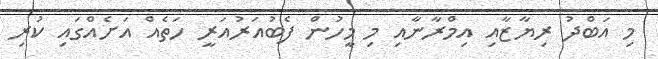
މި އަބްދު ރިޔާޒާއި އިމްރާނާއި މި މީހުން ފެބުއަރުއަރީ ހަތެއް އަށެއްގައި ކުރި